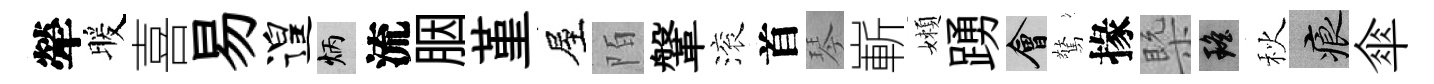
犖暖喜易遑炳流胭堇屋陌鞶滚首琴嶄嬾踴會驚掾槩瑶秋痕傘